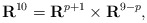
\begin{align*}{\bf R}^{10} = {\bf R}^{p+1} \times {\bf R}^{9-p},\end{align*}